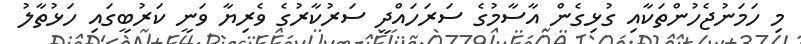
މި ހަމަނުޖެހުންތަކާއި ގުޅިގެން އާސާމުގެ ސަރަހައްދީ ސަރުކާރުގެ ވެރިޔާ ވަނީ ކަރުބީގައި ހަޅުތާލު